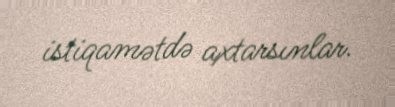
istiqamətdə axtarsınlar.